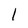
Character: l